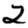
Digit: 2